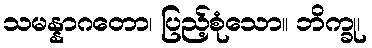
သမန္နာဂတော၊ ပြည့်စုံသော။ ဘိက္ခု၊